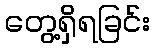
တွေ့ရှိရခြင်း